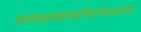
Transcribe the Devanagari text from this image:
वसाहतवादाविरोधातल्या